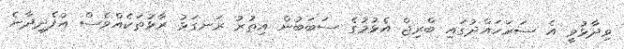
ވިދާޅުވީ އެ ސަރަހައްދުގައި ބްރިޖް އެޅުމުގެ ސަބަބުން އިތުރު ރަނގަޅު ރާޅުތަކެއްވެސް އުފެދިދާނެ